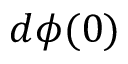
d \phi ( 0 )